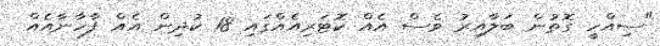
"ސިއްހީ ގޮތުން ބަލާއިރު ވެސް އެއް ކޮޓަރިއެއްގައި 18 ކުދިން އެއް ފާހާނާއެއް